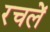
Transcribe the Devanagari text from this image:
रचलें